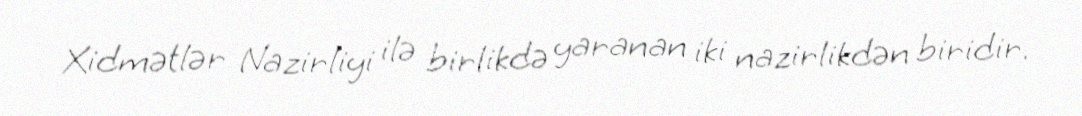
Xidmətlər Nazirliyi ilə birlikdə yaranan iki nazirlikdən biridir.